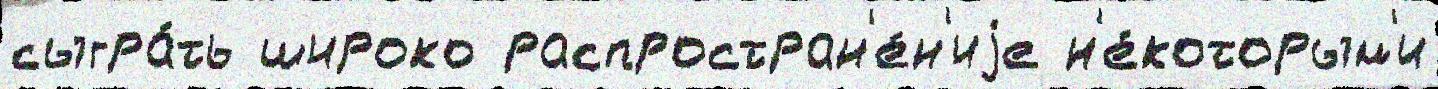
сыгра́ть широко распростран'е́н'иjе н'е́которым'и